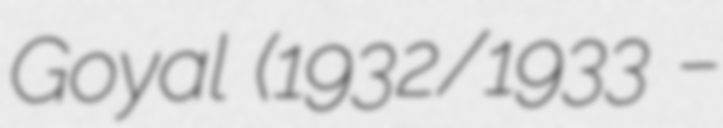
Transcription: Goyal (1932/1933 –